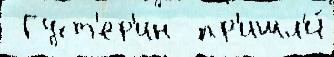
 Густ'ер'ин  пр'ишл'и́